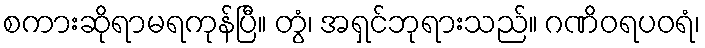
စကားဆိုရာမရကုန်ပြီ။ တွံ၊ အရှင်ဘုရားသည်။ ဂဏိဝရပဝရံ၊